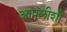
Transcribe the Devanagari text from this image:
आपलीशी